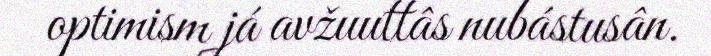
optimism já avžuuttâs nubástusân.